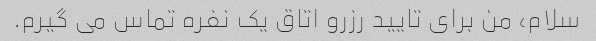
سلام، من برای تایید رزرو اتاق یک نفره تماس می گیرم.